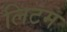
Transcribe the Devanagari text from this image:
लिटम